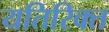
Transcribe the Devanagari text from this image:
यतिरिक्त